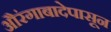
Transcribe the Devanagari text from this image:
औरंगाबादेपासून